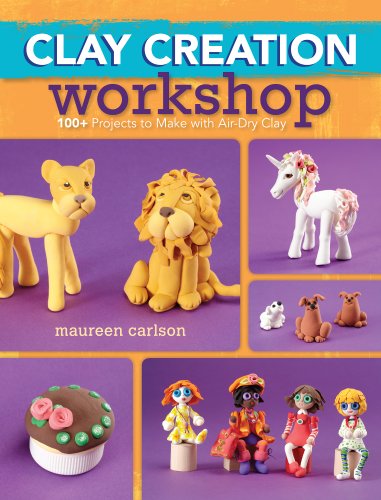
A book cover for Clay Creation Workshop: 100+ Projects to Make with Air-Dry Clay; Maureen Carlson; Crafts, Hobbies & Home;